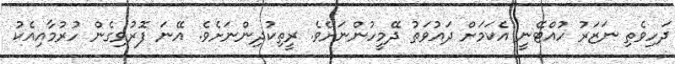
ދަހިވެތި ނަޒަރު ހުއްޓޭނީ އެކަމަށް ދައުވަތު ދޭމީހުންނަށެވެ. ރީތިކުދިންނަށެވެ. އޭނަ ފޮރުވިގެން ހުރުމާއިއެކު